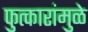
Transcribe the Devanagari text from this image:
फुत्कारांमुळे